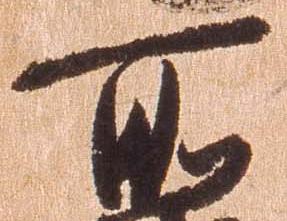
所